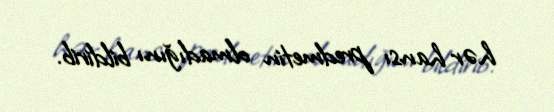
hər hansı predmetin olmadığını bildirib.